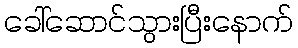
ခေါ်ဆောင်သွားပြီးနောက်